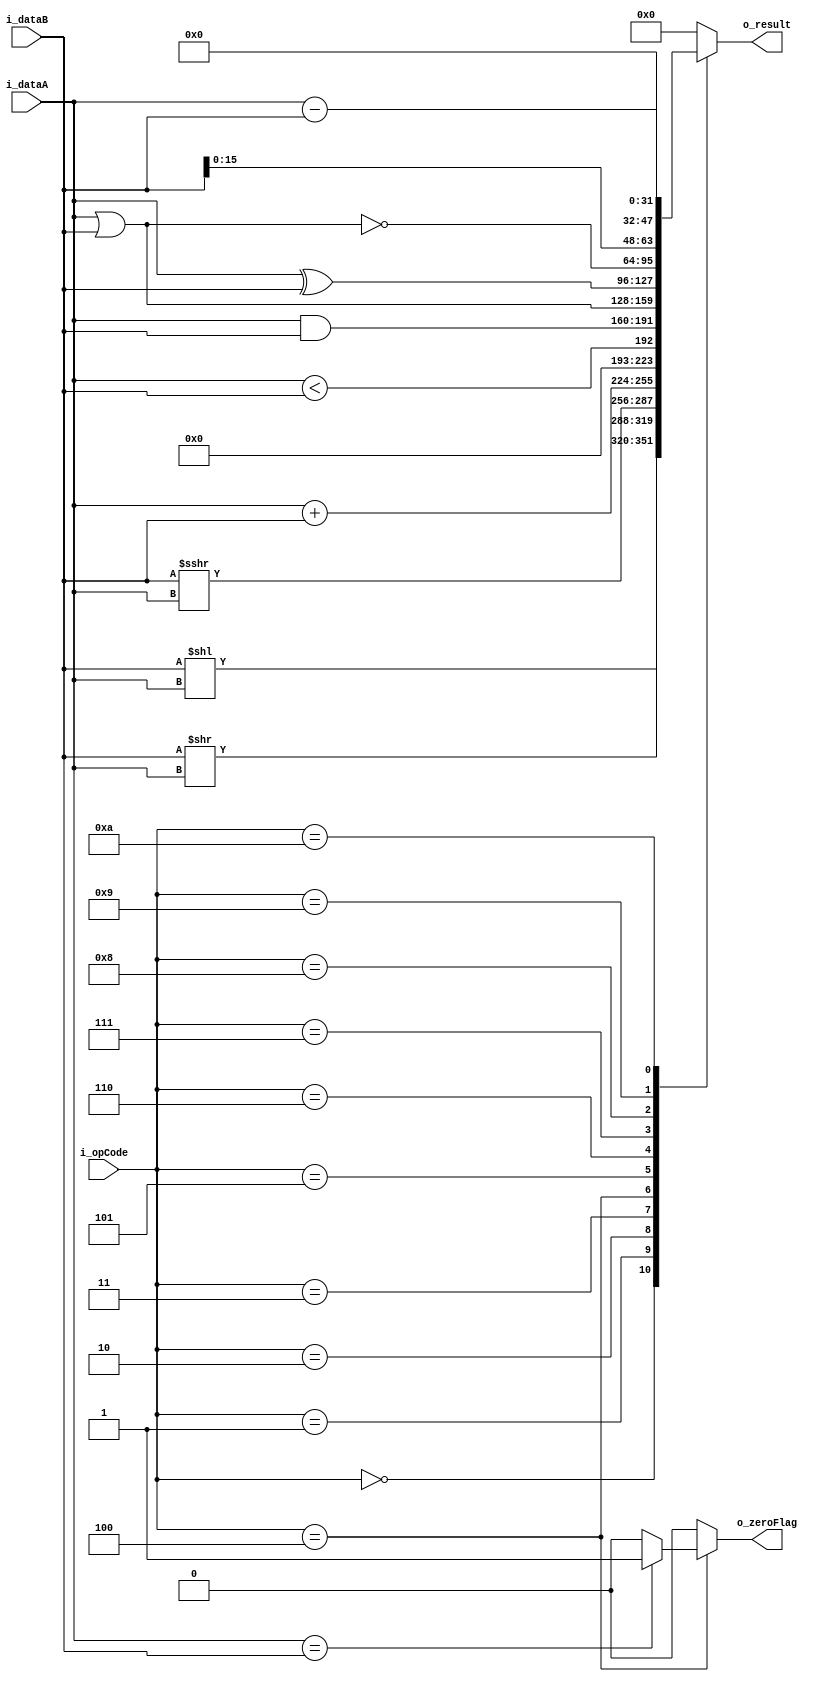
`timescale 1ns / 1ps
//////////////////////////////////////////////////////////////////////////////////
// Company: 
// Engineer: 
// 
// Design Name: 
// Module Name: ALU
// Project Name: 
// Target Devices: 
// Tool Versions: 
// Description: 
// 
// Dependencies: 
// 
// Revision:
// Revision 0.01 - File Created
// Additional Comments:
// 
//////////////////////////////////////////////////////////////////////////////////



module ALU #(
	parameter lenghtIN = 32,
	parameter lenghtOP = 4
	)(
	
	input signed [lenghtIN-1 : 0] i_dataA,
	input signed [lenghtIN-1 : 0] i_dataB,
	input signed [lenghtOP-1 : 0] i_opCode,

	output reg [lenghtIN - 1 : 0] o_result,
	output reg o_zeroFlag	
//	//inputs
//	i_dataA,
//	i_dataB,
//	i_opCode,

//	//output
//	o_result,
//	o_zeroFlag
    );

//	input signed [lenghtIN-1 : 0] i_dataA;
//	input signed [lenghtIN-1 : 0] i_dataB;
//	input signed [lenghtOP-1 : 0] i_opCode;

//	output reg [lenghtIN - 1 : 0] o_result;
//	output reg o_zeroFlag;

	always @(*)
	begin
		o_zeroFlag = 0;

		case (i_opCode)
			4'b 0000: o_result = i_dataB << i_dataA; //shift left
			4'b 0001: o_result = i_dataB >> i_dataA; //shift right logico
			4'b 0010: o_result = i_dataB >>> i_dataA; //shift right aritmetico
			4'b 0011: o_result = i_dataA + i_dataB; //add
			
			4'b 0100: 
			begin
				o_result = i_dataA < i_dataB; //slt, compare, si a < b, result = 1 
				o_zeroFlag = i_dataA == i_dataB ? 1 : 0; //BRANCH
			end

			4'b 0101: o_result = i_dataA & i_dataB; //and
			4'b 0110: o_result = i_dataA | i_dataB; //or
			4'b 0111: o_result = i_dataA ^ i_dataB; //xor
			4'b 1000: o_result = ~(i_dataA | i_dataB); //nor
			4'b 1001: o_result = i_dataB << 16; //LUI
			4'b 1010: o_result = i_dataA - i_dataB; //sub
			default: o_result = 0;
		endcase	
	end
endmodule